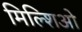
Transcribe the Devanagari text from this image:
मिल्शिओ